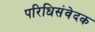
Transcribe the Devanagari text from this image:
परिधिसंवेदक